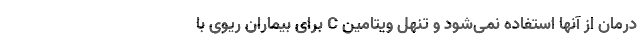
درمان از آنها استفاده نمی‌شود و تنهل ویتامین C برای بیماران ریوی با